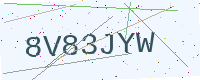
Text: 8V83JYW